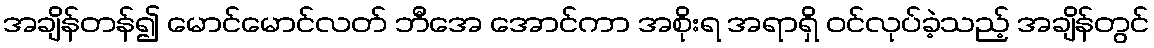
အချိန်တန်၍ မောင်မောင်လတ် ဘီအေ အောင်ကာ အစိုးရ အရာရှိ ဝင်လုပ်ခဲ့သည့် အချိန်တွင်